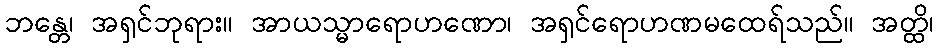
ဘန္တေ၊ အရှင်ဘုရား။ အာယသ္မာရောဟဏော၊ အရှင်ရောဟဏမထေရ်သည်။ အတ္ထိ၊